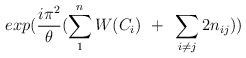
\begin{align*}exp({i\pi^2\over\theta}(\sum_1^n W(C_i)~+~ \sum_{i\neq j}2n_{ij}))\end{align*}